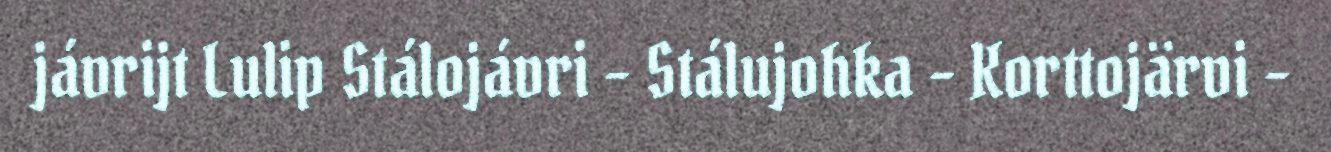
jávrijt Lulip Stálojávri - Stálujohka - Korttojärvi -